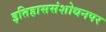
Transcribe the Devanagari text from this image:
इतिहाससंशोधनपर